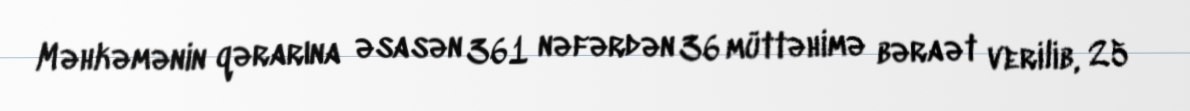
Məhkəmənin qərarına əsasən 361 nəfərdən 36 müttəhimə bəraət verilib, 25